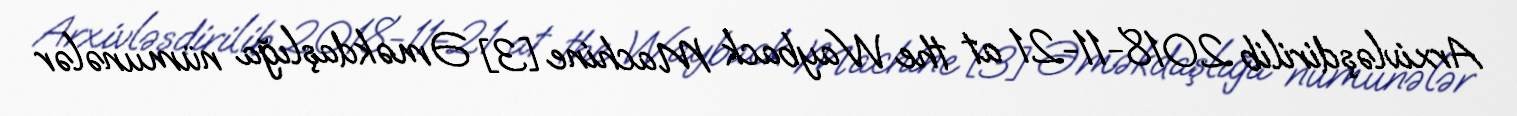
Arxivləşdirilib 2018-11-21 at the Wayback Machine [3] Əməkdaşlığa nümunələr